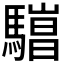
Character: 𱄯